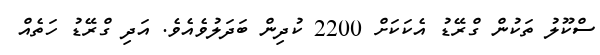
ސްކޫލު ތަކުން ގްރޭޑު އެކަކަށް 2200 ކުދިން ބަދަލުވެއެވެ. އަދި ގްރޭޑު ހަތެއް